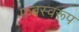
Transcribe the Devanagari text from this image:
फवस्वरूप